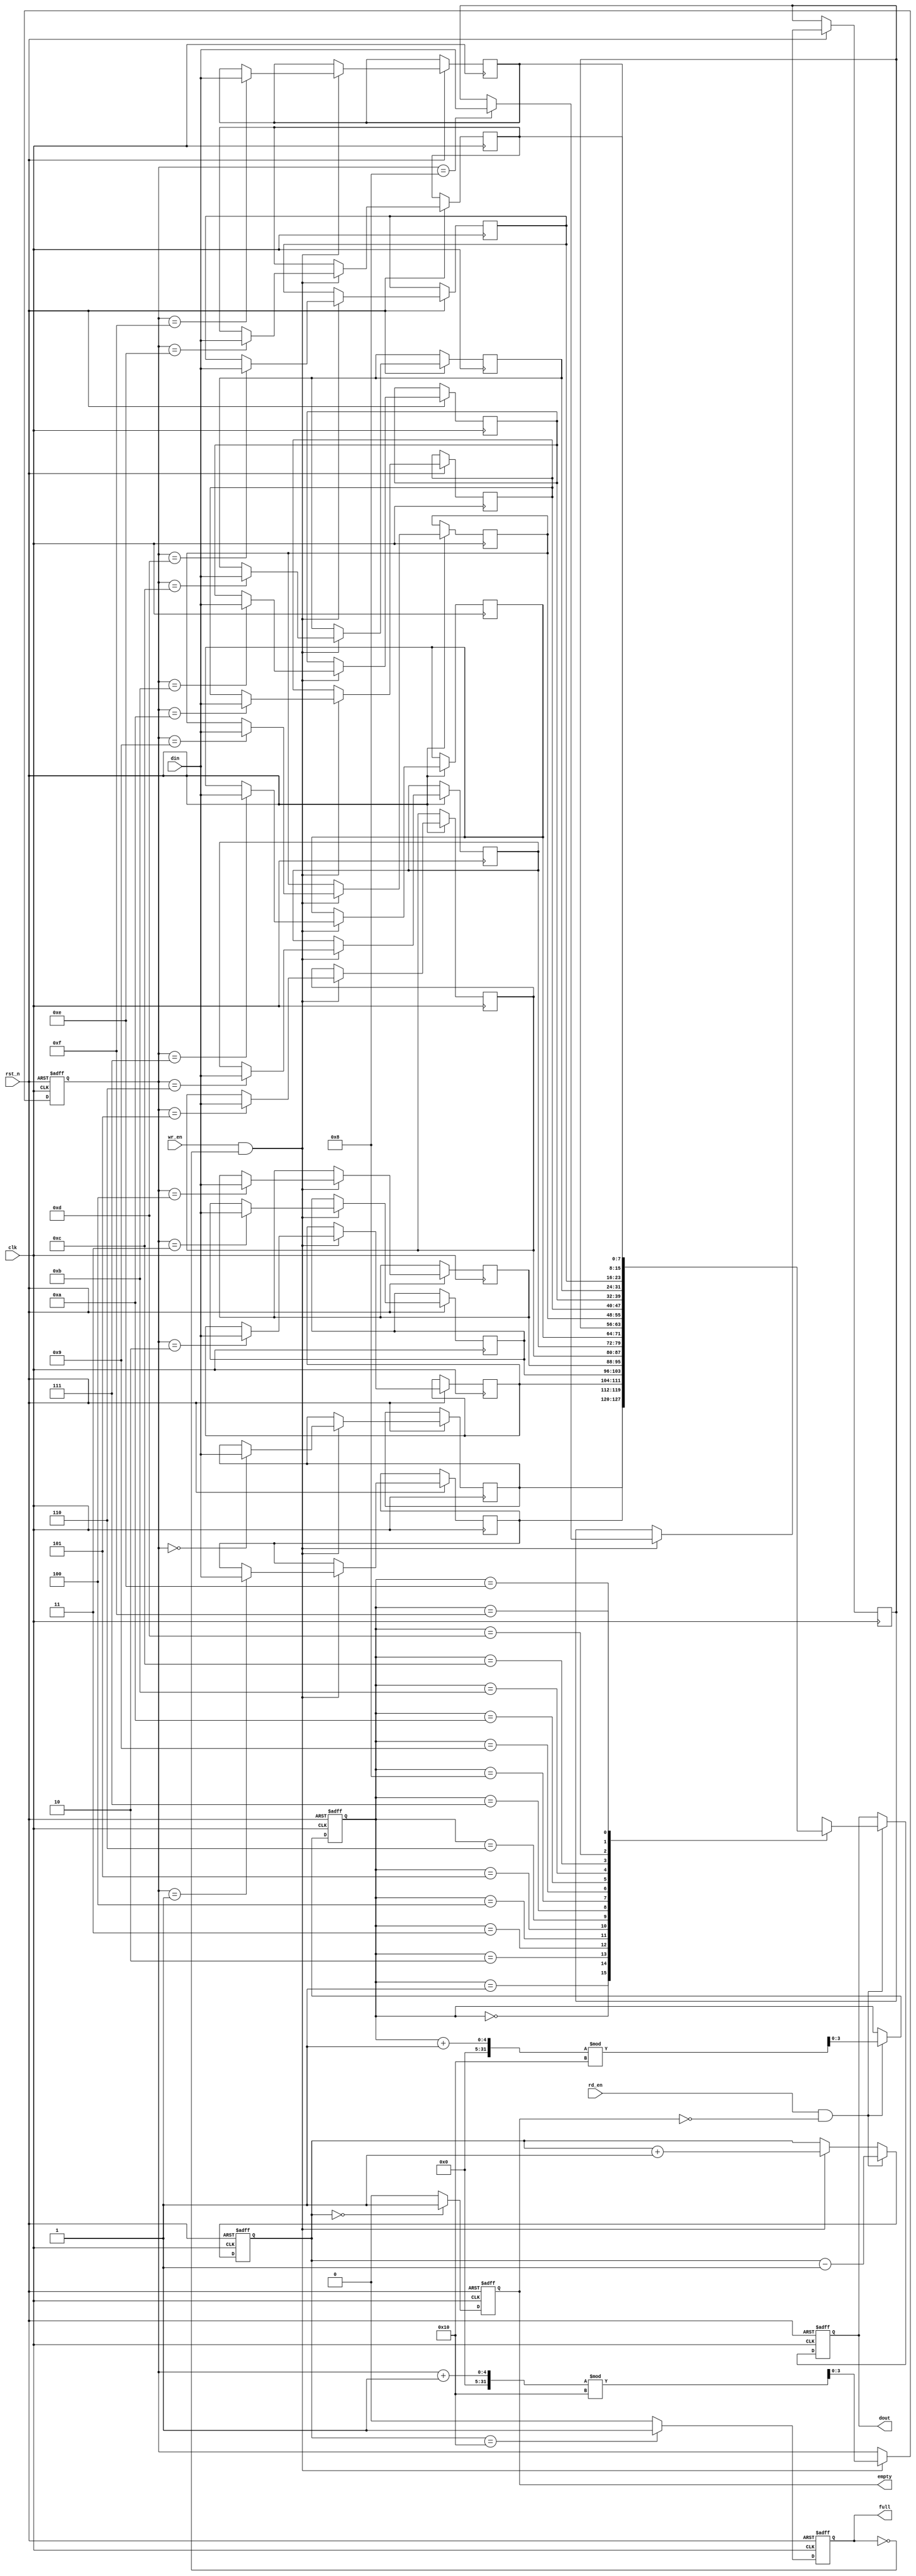
module fifo_sram #(
    parameter DATA_WIDTH = 8,  // Width of each data entry
    parameter DEPTH = 16        // Depth of the FIFO (number of entries)
)(
    input wire clk,                 // Clock signal
    input wire rst_n,               // Asynchronous reset (active low)
    input wire wr_en,               // Write enable
    input wire rd_en,               // Read enable
    input wire [DATA_WIDTH-1:0] din, // Data input
    output reg [DATA_WIDTH-1:0] dout, // Data output
    output reg full,                // Full flag
    output reg empty                // Empty flag
);

    // Memory declaration for FIFO
    reg [DATA_WIDTH-1:0] memory [0:DEPTH-1];

    // Pointer declarations
    reg [$clog2(DEPTH)-1:0] wr_ptr; // Write pointer
    reg [$clog2(DEPTH)-1:0] rd_ptr; // Read pointer
    reg [$clog2(DEPTH+1)-1:0] count; // FIFO count
    
    // Asynchronous reset
    always @(posedge clk or negedge rst_n) begin
        if (!rst_n) begin
            wr_ptr <= 0;
            rd_ptr <= 0;
            count <= 0;
            full <= 0;
            empty <= 1;
            dout <= 0;
        end else begin
            // Write operation
            if (wr_en && !full) begin
                memory[wr_ptr] <= din; // Write data into memory
                wr_ptr <= (wr_ptr + 1) % DEPTH; // Circular wrap of write pointer
                count <= count + 1;
            end
            
            // Read operation
            if (rd_en && !empty) begin
                dout <= memory[rd_ptr]; // Read data from memory
                rd_ptr <= (rd_ptr + 1) % DEPTH; // Circular wrap of read pointer
                count <= count - 1;
            end
            
            // Update full and empty flags
            if (count == DEPTH) begin
                full <= 1; // FIFO is full
            end else begin
                full <= 0; // FIFO is not full
            end
            
            if (count == 0) begin
                empty <= 1; // FIFO is empty
            end else begin
                empty <= 0; // FIFO is not empty
            end
        end
    end
endmodule